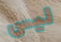
ليس